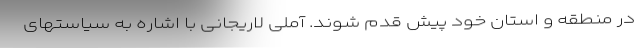
در منطقه و استان خود پیش قدم شوند. آملی لاریجانی با اشاره به سیاستهای